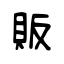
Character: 販